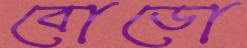
বোডো